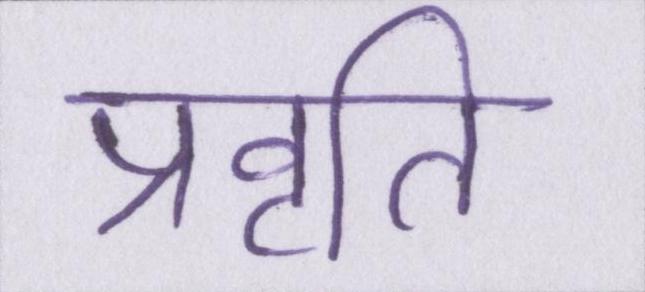
प्रवृति